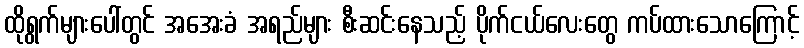
ထိုရွက်များပေါ်တွင် အအေးခံ အရည်များ စီးဆင်းနေသည့် ပိုက်ငယ်လေးတွေ ကပ်ထားသောကြောင့်